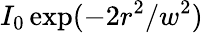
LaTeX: I_{0}\exp(-2r^{2}/w^{2})